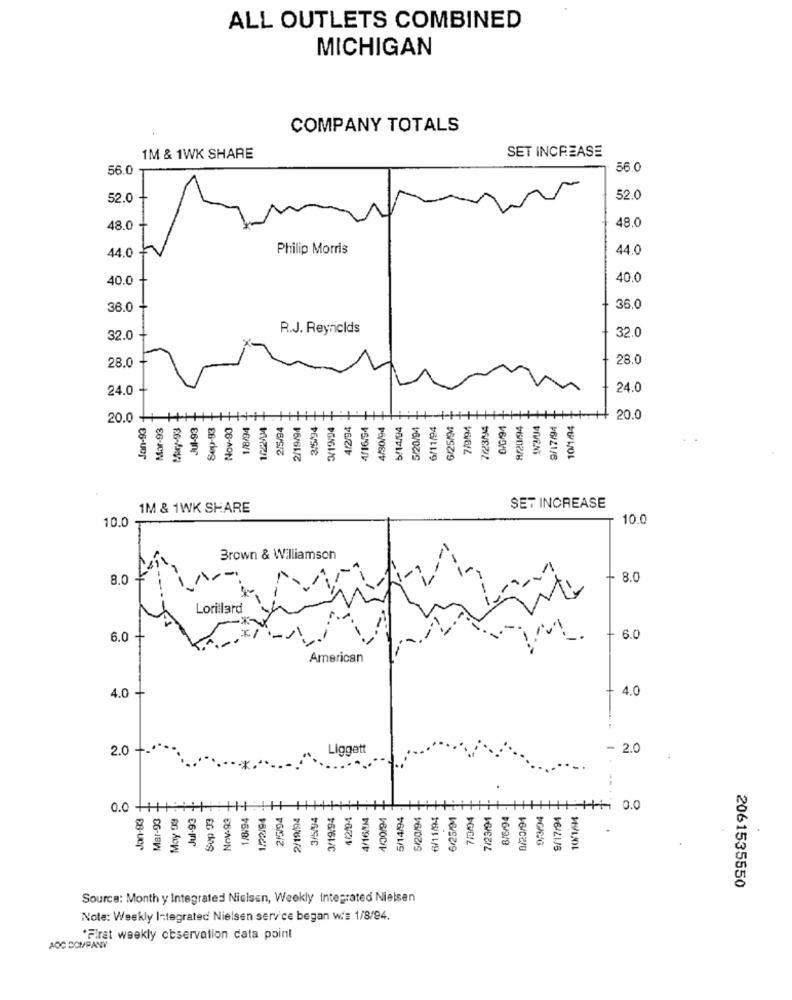
ALL OUTLETS COMBINED
MICHIGAN
COMPANY TOTALS
SET INCREASE
1M & 1WK SHARE
56.0
56.0
52.0
52.0
48.0
48.0
Philip Morris
44.0
44.0
40.0
40.0
36.0
36.0
0
R.J. Reynolds
32.0
32.0
0
28.0
28.0
24.0
24.0
20.0
Jan-93
Mar-93
May-93
Jul-93
Sep-93
Nov-90
1/8/94
2/5/94
2/19/94
3/5/94
3/19/94
4/2/94
4/16/54
4/80/94
5/14/94
5/20/94
6/11/94
6/25/94
7/9/94
7/23/94
0/0/94
8/20/94
9/17/94
10/1/94
20.0
1M & 1WK SHARE
SET INCREASE
10.0
10.0
Brown & Williamson
-
0
8.0
Lorillard
0
6.0 +
6.0
American
0
O
4.0
4.0
0
2.0 +
Liggett
May 99.
0.0 +11
Jan-93
Mar-93
Jul-93
Sop 93
Nov-93
1/8/94
1/22/94
2/5/94
2/19/94
3/5/94
3/19/94
4/2/04
4/16/04
1/30/94
5/14/94
5/20/94
6/11/94
6/25/91
7/9/04
7/23/91
8/6/94
0/23/91
9/17/94
10/1/14
0.0
2061535550
Source: Month y Integrated Nielsen, Weekly Integrated Nielsen
Note: Weekly Integrated Nielsen service began wis 1/8/94.
*Firat weekly observation data point
AOC COMPANY